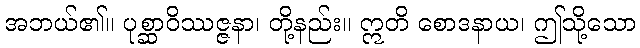
အဘယ်၏။ ပုစ္ဆာဝိဿဇ္ဇနာ၊ တို့နည်း။ ဣတိ စောဒနာယ၊ ဤသို့သော